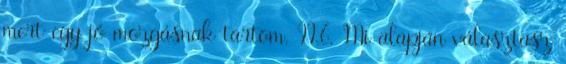
mert egy jó mozgásnak tartom. II.6. Mi alapján választasz